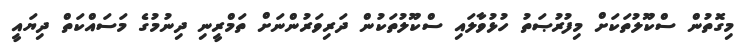
މިގޮތުން ސްކޫލުތަކަށް މިފުރުޞަތު ހުޅުވާލައި ސްކޫލުތަކުން ދަރިވަރުންނަށް ތަމްރީނި ދިނުމުގެ މަސައްކަތް ދިޔައީ